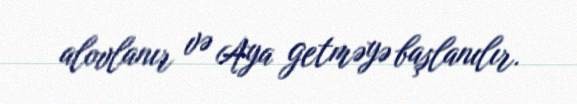
alovlanır və Aya getməyə başlanılır.